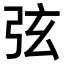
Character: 弦